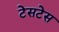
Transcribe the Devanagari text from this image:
टेसटेस